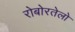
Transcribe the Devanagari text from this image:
रोबोरतेलो